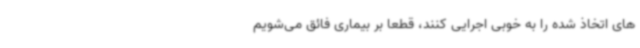
های اتخاذ شده را به خوبی اجرایی کنند، قطعا بر بیماری فائق می‌شویم